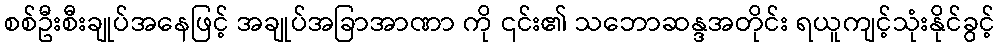
စစ်ဦးစီးချုပ်အနေဖြင့် အချုပ်အခြာအာဏာ ကို ၎င်း၏ သဘောဆန္ဒအတိုင်း ရယူကျင့်သုံးနိုင်ခွင့်